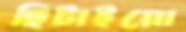
ছিটাইয়ো